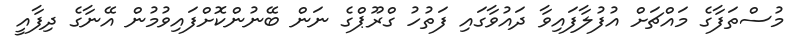
މުސްތަފާގެ މައްޗަށް އުފުލާފައިވާ ދައުވާގައި ފަތުހު ގްރޫޕްގެ ނަން ބޭނުންކޮށްފައިވުމުން އޭނާގެ ދިފާއީ